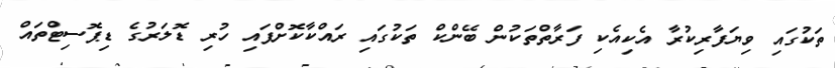
ތަކުގައި ވިޔަފާރިކުރާ އެކިއެކި ފަރާތްތަކުން ބޭންކް ތަކުގައި ރައްކާކޮށްފައި ހުރި ޑޮލަރުގެ ޑިޕޮސިޓްތައް